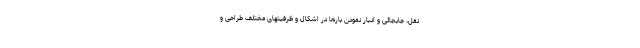
نقل، جابجائی و انبار نمودن بارها در اشکال و ظرفیتهای مختلف طراحی و